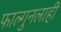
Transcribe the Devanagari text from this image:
फाल्गुनलाही